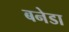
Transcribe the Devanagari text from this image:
बनेडा